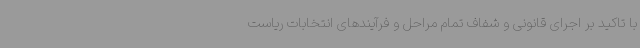
با تاکید بر اجرای قانونی و شفاف تمام مراحل و فرآیندهای انتخابات ریاست